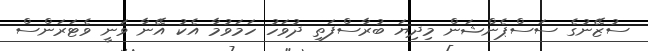
ސުޒޭނުގެ ސަސްޕެންޝަން މިދިޔަ ބުރާސްފަތި ދުވަހު ހަމަވުމާ އެކު އޭނާ ވަނީ ވެޓަރަންސް